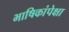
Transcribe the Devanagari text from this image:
भाषिकांपेक्षा